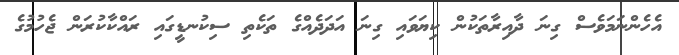
އެހެންނަމަވެސް ގިނަ ދާއިރާތަކުން ކިޔަވައި ގިނަ އަދަދެއްގެ ތަކެތި ސިކުނޑީގައި ރައްކާކުރަން ޖެހުމުގެ